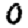
Digit: 0